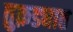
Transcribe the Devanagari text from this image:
तुक़ड्यात